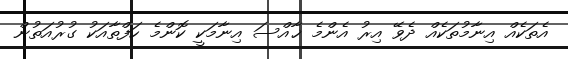
އެތަކެއް އިނާމުތަކެއް ދެވޭ އިރު އެންމެ ޚާއްސަ އިނާމަކީ ކޮންމެ ހަފްތާއަކު ގުރުއަތުން